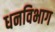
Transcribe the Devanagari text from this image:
धनविभाग